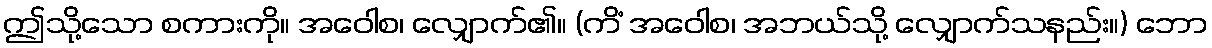
ဤသို့သော စကားကို။ အဝေါစ၊ လျှောက်၏။ (ကိံ အဝေါစ၊ အဘယ်သို့ လျှောက်သနည်း။) ဘော